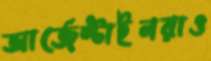
আর্জেন্টাইনরাও